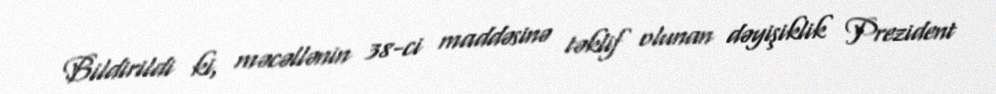
Bildirildi ki, məcəllənin 38-ci maddəsinə təklif olunan dəyişiklik Prezident